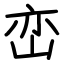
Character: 峦